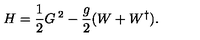
H = \frac 1 2 G ^ { \: 2 } - \frac g 2 ( W + W ^ { \dagger } ) .